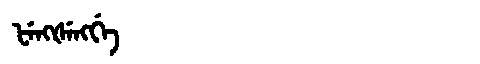
Manchu: ᡶᡝᠩᡧᡝᠩᡤᡝ
Romanization: FENGŠENGGE